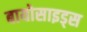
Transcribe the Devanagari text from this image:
बायोसाइड्स